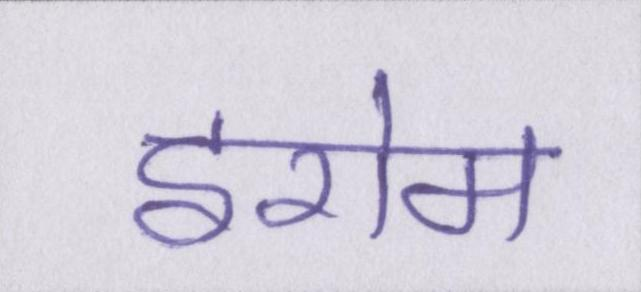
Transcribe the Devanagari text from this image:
इरोम